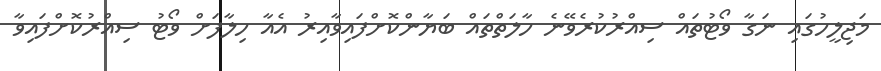
މަޖިލީހުގައި ނަގާ ވޯޓުތައް ސިއްރުކުރެވޭނެ ހާލަތްތައް ބަޔާންކޮށްފައިވާއިރު އެއާ ހިލާފަށް ވޯޓު ސިއްރުކޮށްފައިވާ